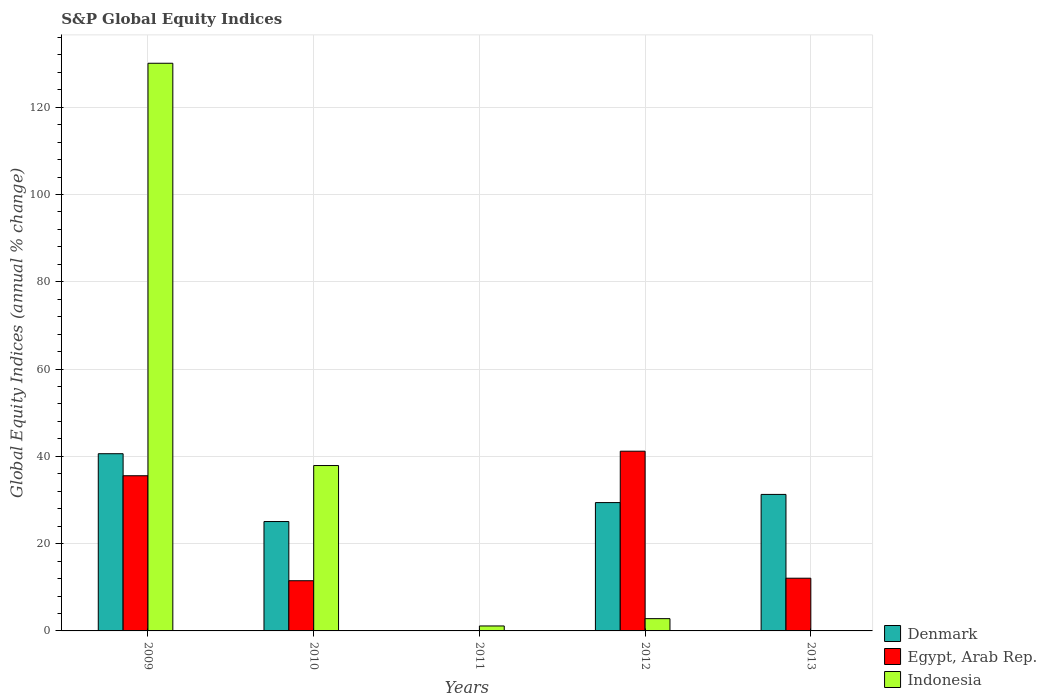
| Years | Denmark | Egypt, Arab Rep. | Indonesia |
 | --- | --- | --- | --- |
 | 2009 | 40.6 | 35.6 | 130 |
 | 2010 | 25.1 | 11.5 | 37.9 |
 | 2011 | -17.3 | -49.1 | 1.14 |
 | 2012 | 29.4 | 41.2 | 2.81 |
 | 2013 | 31.3 | 12.1 | -24.2 |